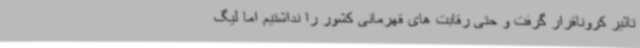
تاثیر کروناقرار گرفت و حتی رقابت های قهرمانی کشور را نداشتیم اما لیگ